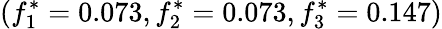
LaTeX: (f_{1}^{*}=0.073,f_{2}^{*}=0.073,f_{3}^{*}=0.147)